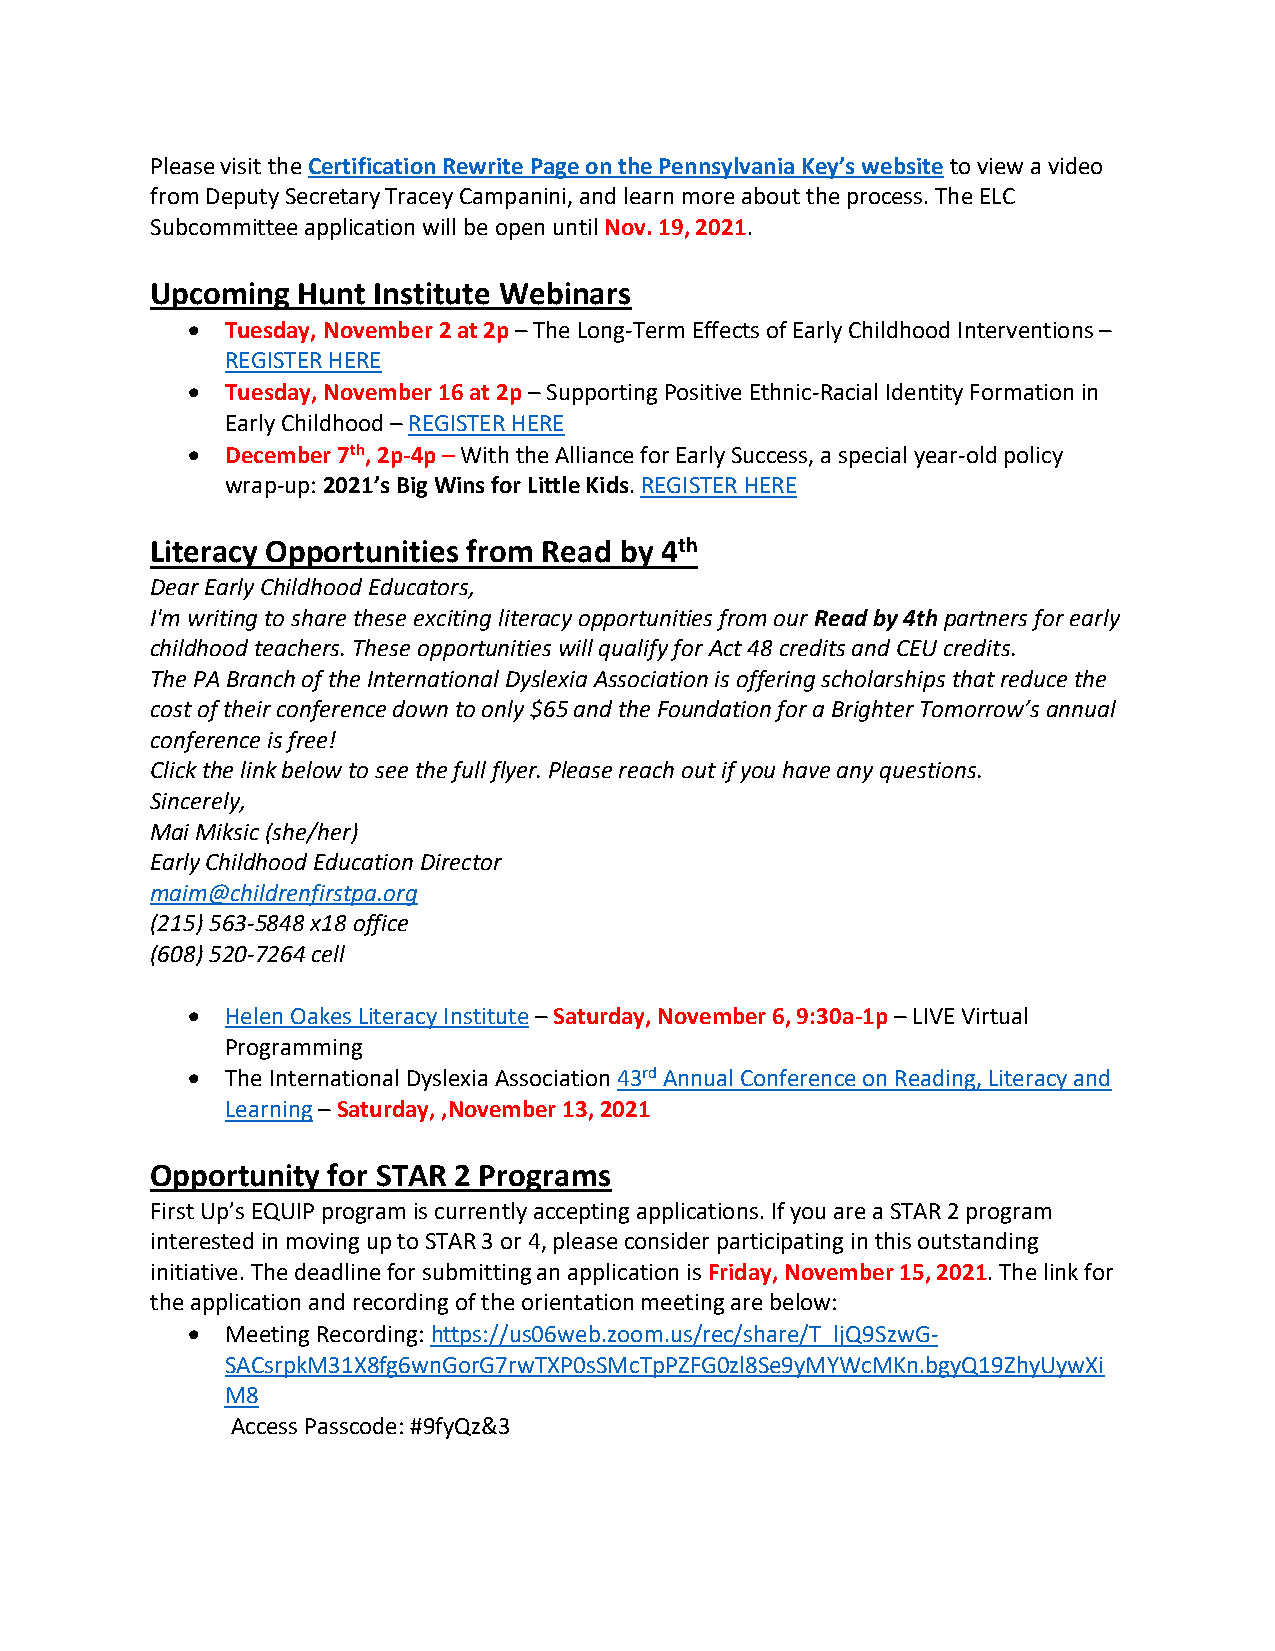
Please visit the Certification Rewrite Page on the Pennsylvania Key’s website to view a video
 from Deputy Secretary Tracey Campanini, and learn more about the process. The ELC
 Subcommittee application will be open until Nov. 19, 2021.
 Upcoming  Hunt Institute Webinars
 •  Tuesday, November 2 at 2p – The Long-Term Effects of Early Childhood Interventions –
 REGISTER HERE
 •  Tuesday, November 16 at 2p – Supporting Positive Ethnic-Racial Identity Formation in
 Early Childhood – REGISTER HERE
 •  December 7th, 2p-4p – With the Alliance for Early Success, a special year-old policy
 wrap-up: 2021’s Big Wins for Little Kids. REGISTER HERE
 Literacy Opportunities from Read by 4th
 Dear Early Childhood Educators,
 I'm writing to share these exciting literacy opportunities from our Read by 4th partners for early
 childhood teachers. These opportunities will qualify for Act 48 credits and CEU credits.
 The PA Branch of the International Dyslexia Association is offering scholarships that reduce the
 cost of their conference down to only $65 and the Foundation for a Brighter Tomorrow’s annual
 conference is free!
 Click the link below to see the full flyer. Please reach out if you have any questions.
 Sincerely,
 Mai Miksic (she/her)
 Early Childhood Education Director
 maim@childrenfirstpa.org
 (215) 563-5848 x18 office
 (608) 520-7264 cell
 •  Helen Oakes Literacy Institute – Saturday, November 6, 9:30a-1p – LIVE Virtual
 Programming
 •  The International Dyslexia Association 43rd Annual Conference on Reading, Literacy and
 Learning – Saturday, ,November 13, 2021
 Opportunity for STAR 2 Programs
 First Up’s EQUIP program is currently accepting applications. If you are a STAR 2 program
 interested in moving up to STAR 3 or 4, please consider participating in this outstanding
 initiative. The deadline for submitting an application is Friday, November 15, 2021. The link for
 the application and recording of the orientation meeting are below:
 •  Meeting Recording: https://us06web.zoom.us/rec/share/T_ljQ9SzwG-
 SACsrpkM31X8fg6wnGorG7rwTXP0sSMcTpPZFG0zl8Se9yMYWcMKn.bgyQ19ZhyUywXi
 M8
 Access Passcode: #9fyQz&3